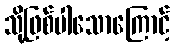
သို့ဖြစ်ပါသောကြောင့်